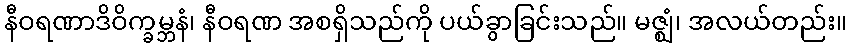
နီဝရဏာဒိဝိက္ခမ္ဘနံ၊ နီဝရဏ အစရှိသည်ကို ပယ်ခွာခြင်းသည်။ မဇ္ဈံ၊ အလယ်တည်း။